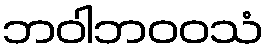
ဘဝါဘဝဝသံ